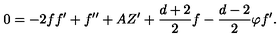
0 = - 2 f f ^ { \prime } + f ^ { \prime \prime } + A Z ^ { \prime } + \frac { d + 2 } { 2 } f - \frac { d - 2 } { 2 } \varphi f ^ { \prime } .